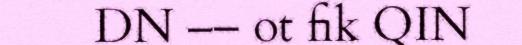
DN –– ot fik QIN